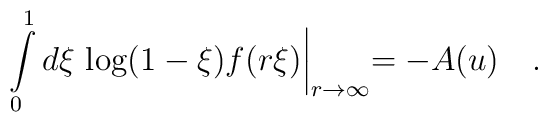
\int\limits^1_0d\xi\,\log(1-\xi)f(r\xi)\biggl |_{r\to\infty}=-A(u)\quad .